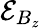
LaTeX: \mathcal{E}_{B_{z}}